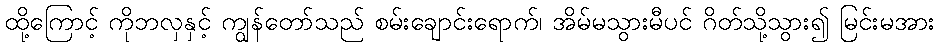
ထို့ကြောင့် ကိုဘလှနှင့် ကျွန်တော်သည် စမ်းချောင်းရောက်၊ အိမ်မသွားမီပင် ဂိတ်သို့သွား၍ မြင်းမအား